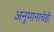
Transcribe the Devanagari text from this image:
अनुमानाचेही